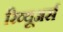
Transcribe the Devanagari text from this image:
रिव्यूअर्स